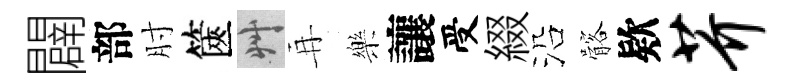
闢部肘篋艸再樂讓受綴沿髂欵芥